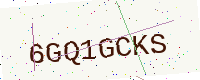
Text: 6GQ1GCKS